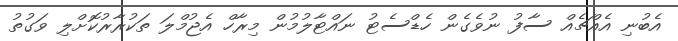
އެބުނި އެއްޗެއް ސާފު ނުވެގެން ހެޑްސެޓު ނައްޓާލުމުން މިރާހް އެޖުމްލަ ތަކުރާރުކޮށްލި ވަގުތު